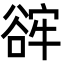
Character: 䜮